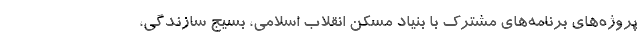
پروژه‌های برنامه‌های مشترک با بنیاد مسکن انقلاب اسلامی، بسیج سازندگی،